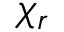
\ \chi _ { r }